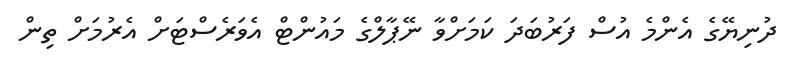
ދުނިޔޭގެ އެންމެ އުސް ފަރުބަދަ ކަމަށްވާ ނޭޕާލްގެ މައުންޓް އެވަރެސްޓަށް އެރުމަށް ތިން